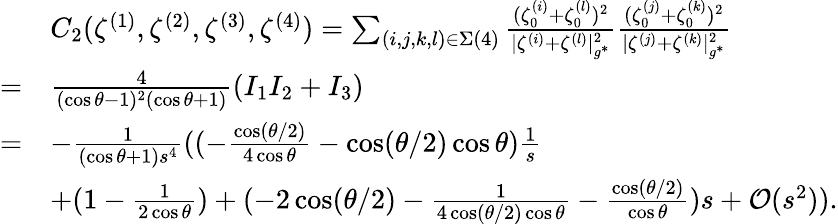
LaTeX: \begin{array}{rl}&{C_{2}(\zeta^{(1)},\zeta^{(2)},\zeta^{(3)},\zeta^{(4)})=\sum_{(i,j,k,l)\in\Sigma(4)}\frac{(\zeta_{0}^{(i)}+\zeta_{0}^{(l)})^{2}}{|{\zeta^{(i)}}+{\zeta^{(l)}}|_{g^{*}}^{2}}\frac{(\zeta_{0}^{(j)}+\zeta_{0}^{(k)})^{2}}{|\zeta^{(j)}+\zeta^{(k)}|_{g^{*}}^{2}}}\\ {=}&{\frac{4}{(\cos\theta-1)^{2}(\cos\theta+1)}(I_{1}I_{2}+I_{3})}\\ {=}&{-\frac{1}{(\cos\theta+1)s^{4}}((-\frac{\cos({\theta}/{2})}{4\cos\theta}-\cos({\theta}/{2})\cos\theta)\frac{1}{s}}\\ &{+(1-\frac{1}{2\cos\theta})+(-2\cos({\theta}/{2})-\frac{1}{4\cos({\theta}/{2})\cos\theta}-\frac{\cos({\theta}/{2})}{\cos\theta})s+\mathcal{O}(s^{2})).}\end{array}